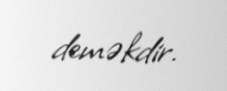
deməkdir.